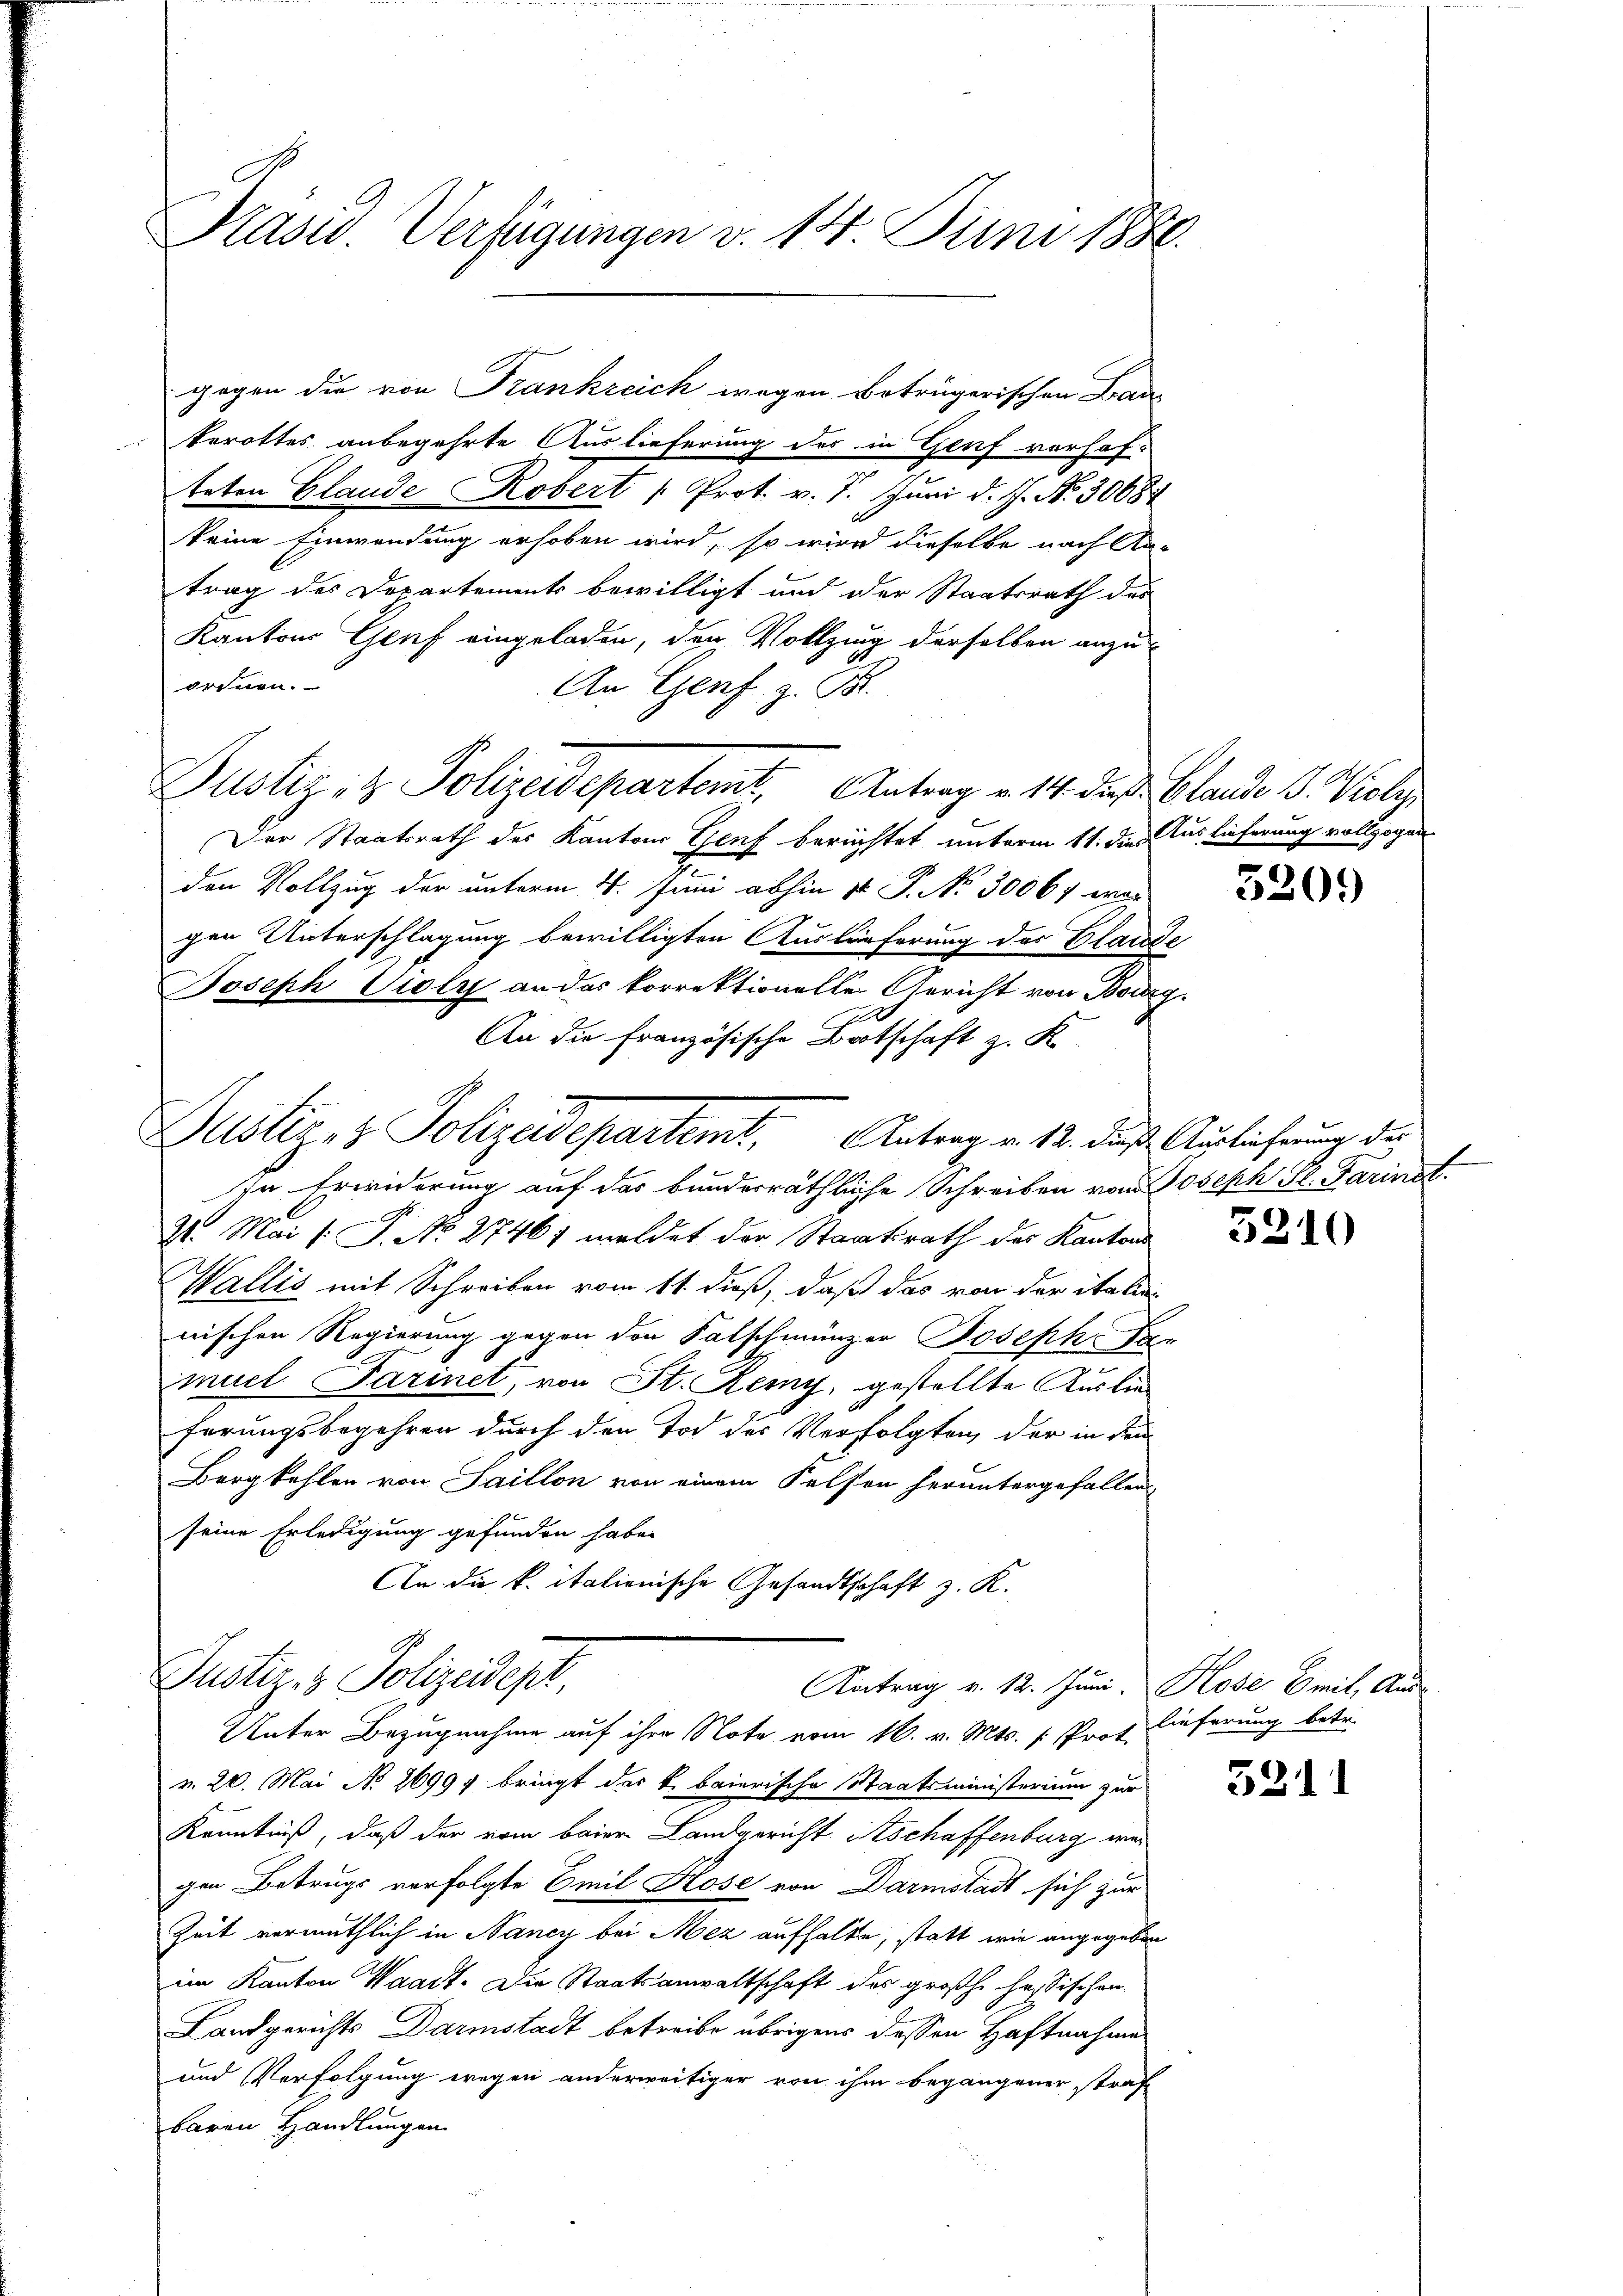
Präsid. Verfügungen v. 14. Juni 1886.

berottes anbegehrte Auslieferung der in Genf vorhafteten Glande Robert Prot. v. 7. Juni d. J. No. 3068
keine Einwendung erhoben wird, so wird dieselbe nach An-
trag des Departements bewilligt und der Staatsrath das
Kantons Genf eingeladen, den Vollzung derselben anzuordnen.
An Genf z. B.
Dustiz- & Polizeidepartemt, Antrag v. 14. des Blande 1. Poly
Der Staatsrath des Kantons Genf berichtet unterm 11. dies Auslieferung vollzogen
den Vollzug der unterm 4. Juni abhin 11. P. No. 30067 war
gen Unterschlagung bewilligten Auslieferung des Blaus-
Joseph Violy an das korrektionelle Gericht von Bonzy
An die französische Botschaft z. K.
Justiz- & Polizeidepartemt. Antrag v. 12. daß Auslichnung der
In Erwiderung auf das bunderräthliche Schreiben von Joseph Sl. Darinst¬
2t. Mai l. J. No. 27461 weldet der Staatsrath des Kantons
Wallis mit Schreiben vom 11. dieß, daß das von der italie
nischen Regierung gegen den Falschmünzer Joseph Per
muel Parinet, von St. Remy, gestellte Auslie
ferungsbegehren durch den Tod des Verfolgten, der in den
Borgkehlen von Saillon von einem Felsen heruntergefallen
seine Erledigung gefunden habe.
An die k. italienische Gesandtschaft z. K.

gegen die von Frankreich wegen Betrugerischen Bau-

Justiz- & Polizeidept

Aortrag v. 12. Juni, Rose mit, Aus-

Unter Bezugnahme auf ihre Note vom 16. v. Mts. v. Prof. Lieferung betr.
v. 20. Mai No 26997 bringt das k. baierische Staatsministerium zur
Kenntniß, daß der vom baier Landgericht Aschaffenburg wir
gen Betrugs vorfolgte Emil Kose von Darmstadt sich zur
Zeit vermuthlich in Nancy bei Mez aufhalte, statt wie angegeben
im Kanton Waadt. Die Staatsanwaltschaft des großhe hassischen
Landgerichts Darmstadt betreibe übrigens dessen Haftnahme
und Verfolgung wegen anderweitiger von ihm begangener straf-
baren Handlungen

5209

3210

5311